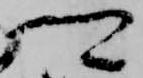
卿